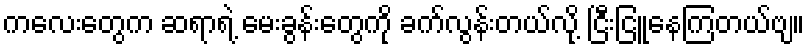
ကလေးတွေက ဆရာရဲ့ မေးခွန်းတွေကို ခက်လွန်းတယ်လို့ ငြီးငြူနေကြတယ်ဗျ။